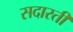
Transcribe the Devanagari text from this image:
सदारती